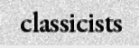
classicists